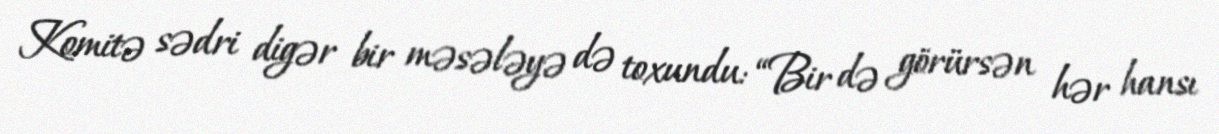
Komitə sədri digər bir məsələyə də toxundu: “Bir də görürsən hər hansı